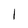
Character: l